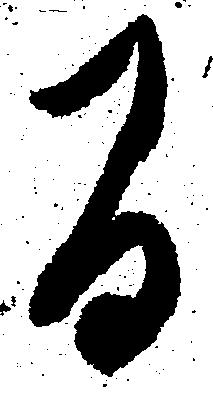
間